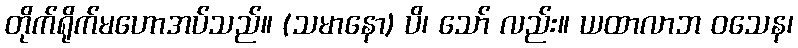
တိုက်ရိုက်မဟောအပ်သည်။ (သမာနော) ပိ၊ သော် လည်း။ ယထာလာဘ ဝသေန၊